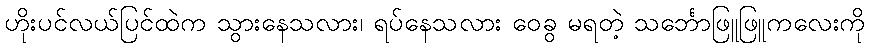
ဟိုးပင်လယ်ပြင်ထဲက သွားနေသလား၊ ရပ်နေသလား ဝေခွ မရတဲ့ သင်္ဘောဖြူဖြူကလေးကို